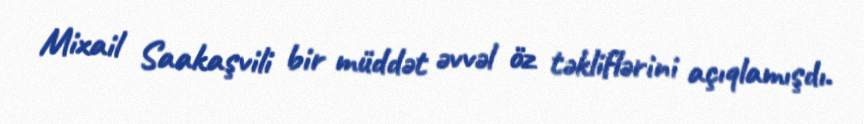
Mixail Saakaşvili bir müddət əvvəl öz təkliflərini açıqlamışdı.